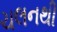
ચલનથી